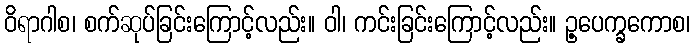
ဝိရာဂါစ၊ စက်ဆုပ်ခြင်းကြောင့်လည်း။ ဝါ၊ ကင်းခြင်းကြောင့်လည်း။ ဥ့ပေက္ခကောစ၊